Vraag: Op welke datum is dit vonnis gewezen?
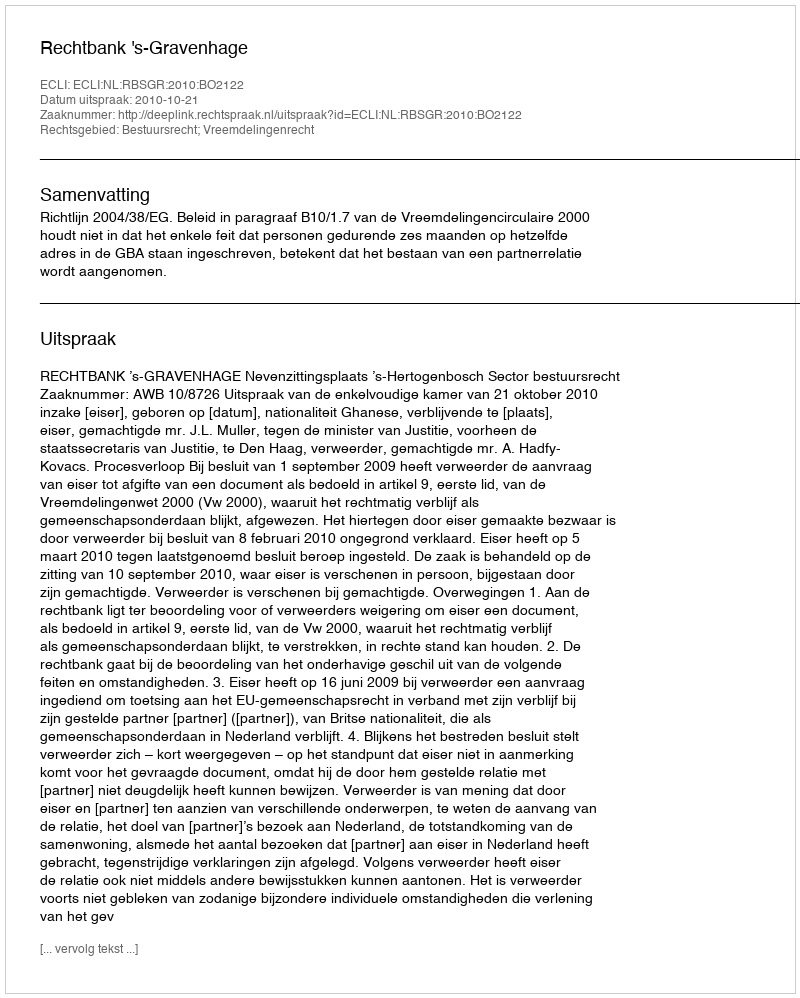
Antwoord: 2010-10-21